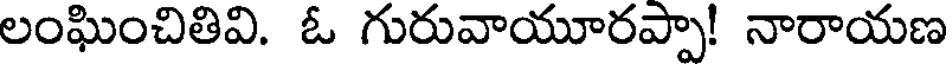
లంఘించితివి. ఓ గురువాయూరప్పా! నారాయణ